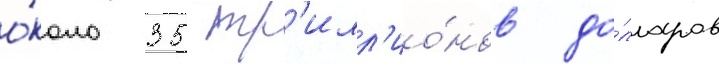
о́коло 35 тр'илл'ио́нов до́лларов